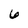
Character: 6